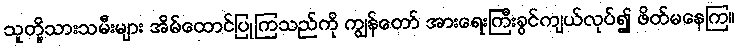
သူတို့သားသမီးများ အိမ်ထောင်ပြုကြသည်ကို ကျွန်တော် အားရေးကြီးခွင်ကျယ်လုပ်၍ ဖိတ်မနေကြ။